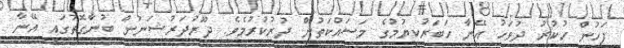
ފަހުން ހުކުރު ދުވަހު އޭނާ ހަބަރުކިޔުމުގެ މަސައްކަތުން ދުރުކުރުމެވެ. ދޫރުދަރުޝަނުން ބުނާގޮތުގައި އޭނާ